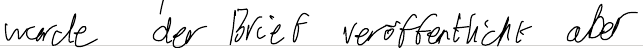
wurde der Brief veröffentlicht aber